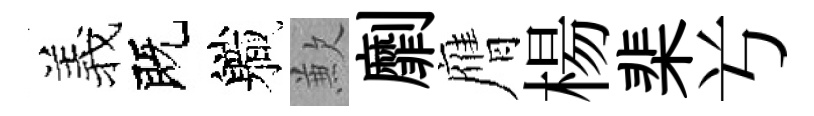
羲既軄歉劘膺楊棐𠔃